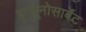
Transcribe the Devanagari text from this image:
इम्यूनोसार्बेंट